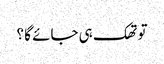
تو تھک ہی جائے گا ؟